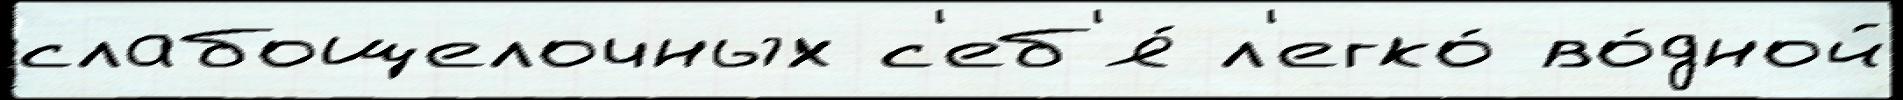
слабощелочных с'еб'я́ л'егко́ во́дной